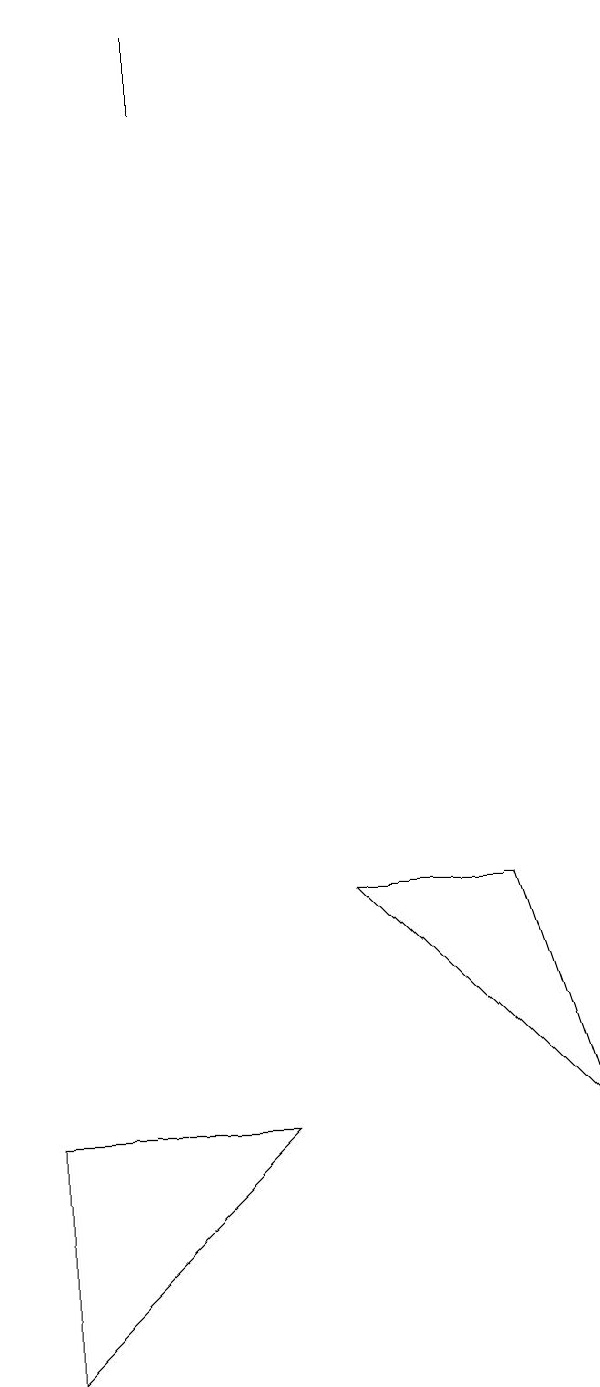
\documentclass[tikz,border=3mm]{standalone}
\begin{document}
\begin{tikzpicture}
\draw (0,3) -- (3,3) -- (0,0) -- cycle;
\draw (6,6) -- (4,6) -- (7,3) -- cycle;
\draw (2,17) rectangle (2,16);
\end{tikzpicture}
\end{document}